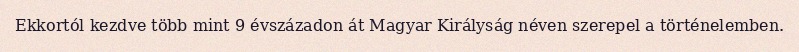
Ekkortól kezdve több mint 9 évszázadon át Magyar Királyság néven szerepel a történelemben.